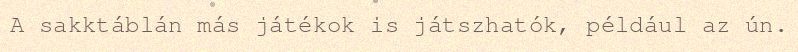
A sakktáblán más játékok is játszhatók, például az ún.